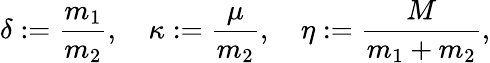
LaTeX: \delta:=\frac{m_{1}}{m_{2}},\quad\kappa:=\frac{\mu}{m_{2}},\quad\eta:=\frac{M}{m_{1}+m_{2}},